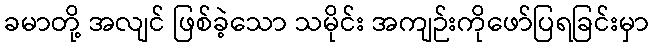
ခမာတို့ အလျင် ဖြစ်ခဲ့သော သမိုင်း အကျဉ်းကိုဖော်ပြရခြင်းမှာ